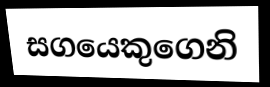
සගයෙකුගෙනි